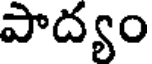
పాద్యం